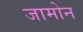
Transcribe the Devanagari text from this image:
जामोन